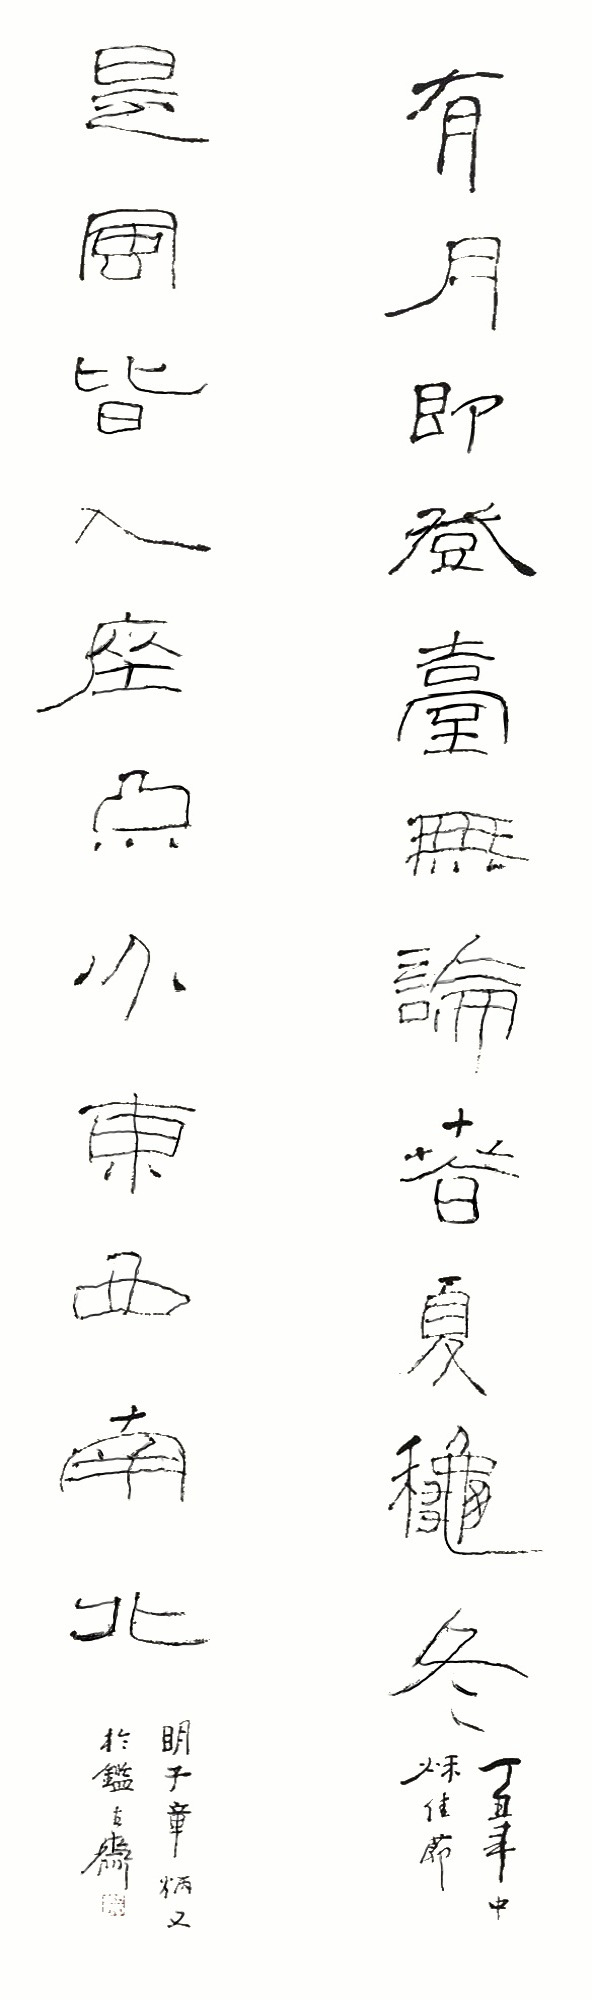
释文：有月即登台，无论春夏秋冬。是风皆入座，不分东西南北。丁丑年中秋佳节，明子章炳文于鉴古斋。